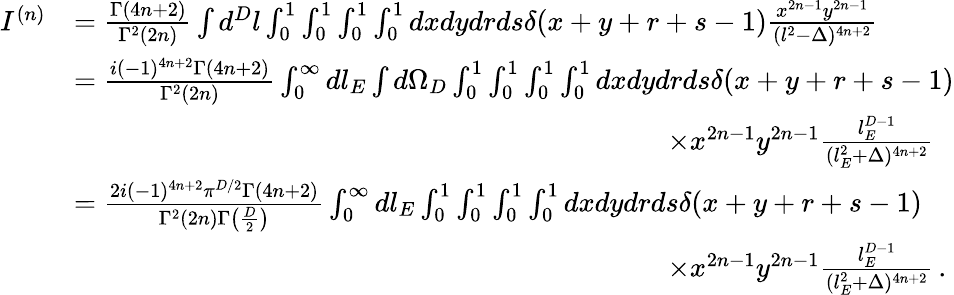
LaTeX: \begin{array}{rl}{I^{(n)}}&{=\frac{\Gamma(4n+2)}{\Gamma^{2}(2n)}\int d^{D}l\int_{0}^{1}\int_{0}^{1}\int_{0}^{1}\int_{0}^{1}dxdydrds\delta(x+y+r+s-1)\frac{x^{2n-1}y^{2n-1}}{(l^{2}-\Delta)^{4n+2}}}\\ &{=\frac{i(-1)^{4n+2}\Gamma(4n+2)}{\Gamma^{2}(2n)}\int_{0}^{\infty}dl_{E}\int d\Omega_{D}\int_{0}^{1}\int_{0}^{1}\int_{0}^{1}\int_{0}^{1}dxdydrds\delta(x+y+r+s-1)}\\ &{\quad\quad\quad\quad\quad\quad\quad\quad\quad\quad\quad\quad\quad\quad\quad\quad\quad\quad\quad\quad\quad\times x^{2n-1}y^{2n-1}\frac{l_{E}^{D-1}}{(l_{E}^{2}+\Delta)^{4n+2}}}\\ &{=\frac{2i(-1)^{4n+2}\pi^{D/2}\Gamma(4n+2)}{\Gamma^{2}(2n)\Gamma\big(\frac{D}{2}\big)}\int_{0}^{\infty}dl_{E}\int_{0}^{1}\int_{0}^{1}\int_{0}^{1}\int_{0}^{1}dxdydrds\delta(x+y+r+s-1)}\\ &{\quad\quad\quad\quad\quad\quad\quad\quad\quad\quad\quad\quad\quad\quad\quad\quad\quad\quad\quad\quad\quad\times x^{2n-1}y^{2n-1}\frac{l_{E}^{D-1}}{(l_{E}^{2}+\Delta)^{4n+2}}\, .}\end{array}